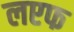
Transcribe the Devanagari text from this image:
लएफ